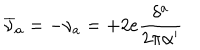
\overline { { { \nu } } } _ { a } = - \nu _ { a } = + 2 e \frac { \delta ^ { a } } { 2 \pi \alpha ^ { \prime } }